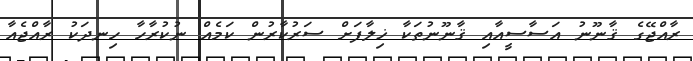
ރާއްޖޭގެ ޤާނޫނު އަސާސީއާއި ޤާނޫނުތަކާ ޚިލާފަށް ސަރުކާރުން ކަމެއް ނުކުރާހާ ހިނދަކު ރާއްޖެއާ